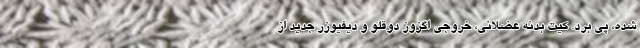
شده، پی برد. کیت بدنه عضلانی، خروجی اگزوز دوقلو و دیفیوزر جدید از